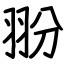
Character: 翂